system: You are a helpful assistant.
user:
Analyze the provided spectrum to determine if it is a **"Cataclysmic Variables (CV)"**.

- **Key Indicators for CV (Check for either state):**
    - **State 1: Quiescent / Low-State (Emission-Dominated)**
        - **(Primary):** Strong and *very broad* Hydrogen Balmer emission lines (e.g., $H\alpha$ at 6563 Å, $H\beta$ at 4861 Å). The 'broadness' (high velocity dispersion, often FWHM > 1000 km/s) is the key diagnostic, indicating a high-velocity accretion disk.
        - **(Secondary):** Broad neutral Helium (He I) emission lines (e.g., 5876 Å, 6678 Å).
        - **(Key Confirmation):** Presence of high-excitation *ionized* Helium (He II) emission at 4686 Å. This is a strong indicator of accretion onto a white dwarf.
        - **(Line Profile):** Emission lines may exhibit a 'double-peaked' profile, which is a classic signature of a rotating accretion disk viewed at high inclination.

    - **State 2: Outburst / High-State (Absorption-Dominated)**
        - **(Primary):** Spectrum is dominated by a bright, blue continuum (looks like a hot star).
        - **(Secondary):** The emission lines from State 1 are weak, absent, or 'filled in', and are replaced by broad, shallow *absorption* lines (primarily Balmer and He I).
        - **(Morphology):** The overall spectrum mimics a hot B/A-type star. The crucial difference is that the absorption lines are significantly broader, shallower, and more 'washed-out' (or 'smeared') than the sharp lines of a normal stellar photosphere, due to high rotational speeds and pressure broadening in the disk.

Think first, call **spectral_visualization_tool** if needed to examine features in detail, then provide your final answer. Your response must adhere to the following strict rules:
1.  **Overall Structure:** Your response must follow the format `<think>...</think> <tool_call>...</tool_call> (if a tool is used) <answer>...</answer>`.
2.  **Tool Usage Constraint:** You may only make **one** tool call per turn.
3.  **Final Answer Format:** In the `<answer>` tag, your conclusion must be inside a `\boxed{}` command (e.g., `\boxed{YES}`), followed by your justification.

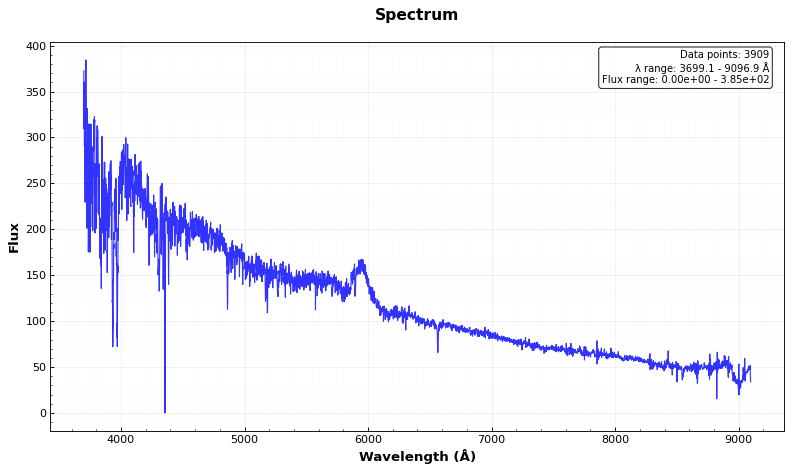
Answer: NO